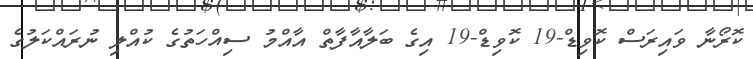
ކޮރޯނާ ވައިރަސް ކޮވިޑް-19 ކޮވިޑް-19 އިގެ ބަލާއާފާތް އާއްމު ސިއްހަތުގެ ކުއްލި ނުރައްކަލުގެ